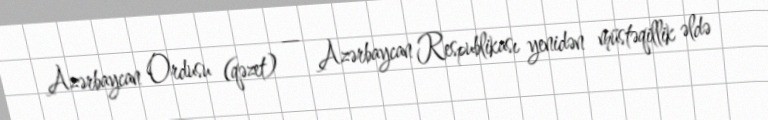
Azərbaycan Ordusu (qəzet) — Azərbaycan Respublikası yenidən müstəqillik əldə